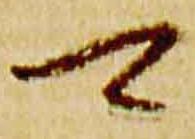
可